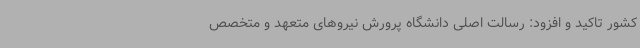
کشور تاکید و افزود: رسالت اصلی دانشگاه پرورش نیروهای متعهد و متخصص